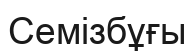
Семізбұғы